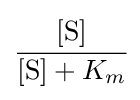
{\cfrac {[\mathrm {S} ]}{[{\ce {S}}]+K_{m}}}